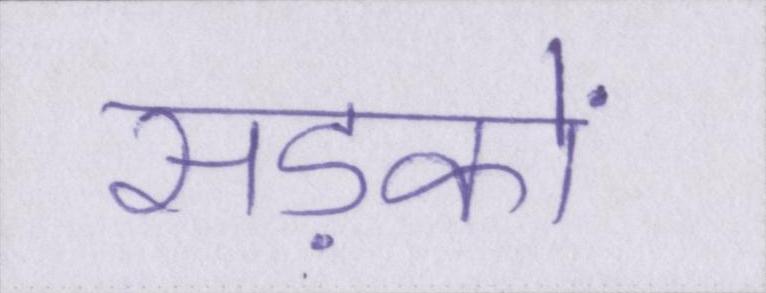
सड़कों